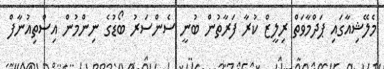
މެލޭޝިއާގައި ޕަދްމާވަތް ރިލީޒް ކުރާ ފަރާތުން ބުނީ ސެންސަރު ބޯޑުގެ ނިންމުން އިސްތިއުނާފް